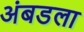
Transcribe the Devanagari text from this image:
अंबडला